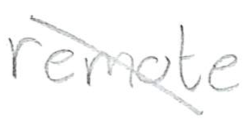
Text: remote
Cross-out: diagonal
Writing tool: pencil